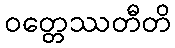
ဝတ္တေဿတီတိ